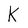
Character: K